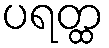
ပရတ္ထ